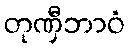
တုဏှီဘာဝံ